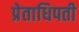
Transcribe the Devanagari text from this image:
प्रेताधिपती